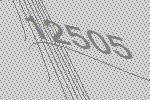
12505